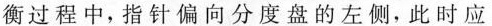
衡过程中，指针偏向分度盘的左侧，此时应